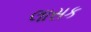
લાસક